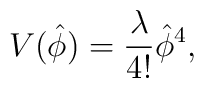
V(\hat{\phi}) = {\lambda\over 4!}\hat{\phi}^4,